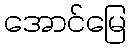
အောင်မြေ